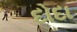
દોદા